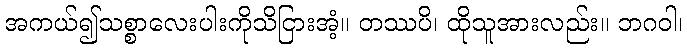
အကယ်၍သစ္စာလေးပါးကိုသိငြားအံ့။ တဿပိ၊ ထိုသူအားလည်း။ ဘဂဝါ၊